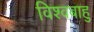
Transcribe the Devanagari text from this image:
विश्वबाहु